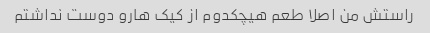
راستش من اصلا طعم هیچکدوم از کیک هارو دوست نداشتم